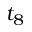
t _ { 8 }